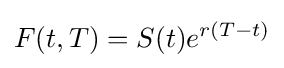
F(t,T)=S(t)e^{r(T-t)}